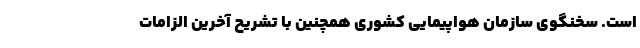
است. سخنگوی سازمان هواپیمایی کشوری همچنین با تشریح آخرین الزامات